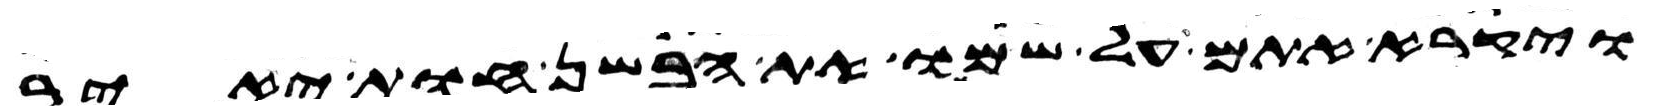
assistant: ויקרא אתם על שמו את הבשן חות יאיר